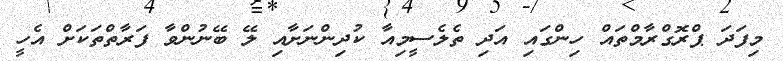
މިފަދަ ޕްރޮގްރާމްތައް ހިންގައި އަދި ތެލެސީމިއާ ކުދިންނަށާއި ލޭ ބޭނުންވާ ފަރާތްތަކަށް އެހީ